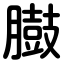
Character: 臌